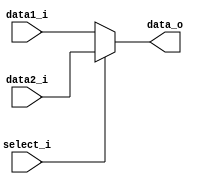
`timescale 1ns / 1ps
//////////////////////////////////////////////////////////////////////////////////
// Company: 
// Engineer: 
// 
// Design Name: 
// Module Name: MUX32
// Project Name: 
// Target Devices: 
// Tool Versions: 
// Description: 
// 
// Dependencies: 
// 
// Revision:
// Revision 0.01 - File Created
// Additional Comments:
// 
//////////////////////////////////////////////////////////////////////////////////


module MUX32(
    data1_i    ,
    data2_i    ,
    select_i   ,
    data_o     
);

input [31:0] data1_i,data2_i;
input select_i;
output[31:0] data_o;

assign data_o = (select_i)? data2_i : data1_i ;

endmodule